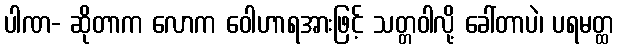
ပါဏ- ဆိုတာက လောက ဝေါဟာရအားဖြင့် သတ္တဝါလို့ ခေါ်တာပဲ၊ ပရမတ္ထ